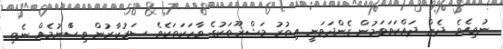
ނުވިއެވެ. ދެން ދައްކަވަވަމުން ގެންދަވަނީ އިތުރު މަޝްޜޫތަކުގެ ވާހަކަތަކެވެ. ސަރުކާރުން ވިސްްނުމެއް ނެތި